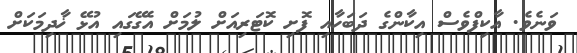
ވަނެވެ. އާކިފްވެސް އިކާންގެ ދަބަހާއި ފޮށި ކޮޓަރިއަށް ލުމަށް އެގޭގައި އުޅޭ ޚާދިމަކަށް